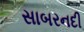
સાબરનદી